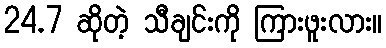
24.7 ဆိုတဲ့ သီချင်းကို ကြားဖူးလား။